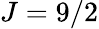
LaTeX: J=9/2